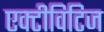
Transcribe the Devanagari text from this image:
एक्टीविटिज